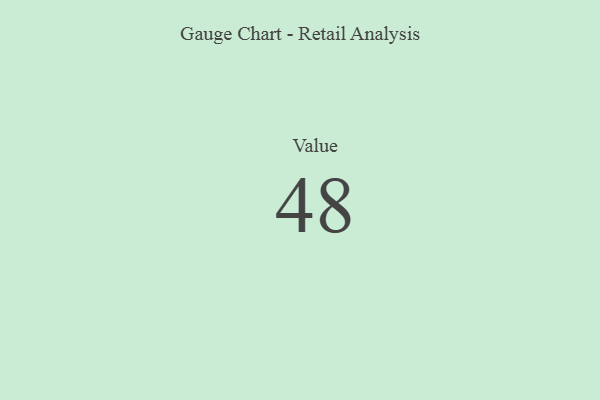
{"axis": {"x": "Metric", "y": "Value"}, "legend": [""], "data": [{"x": "Value", "y": 48, "type": ""}]}